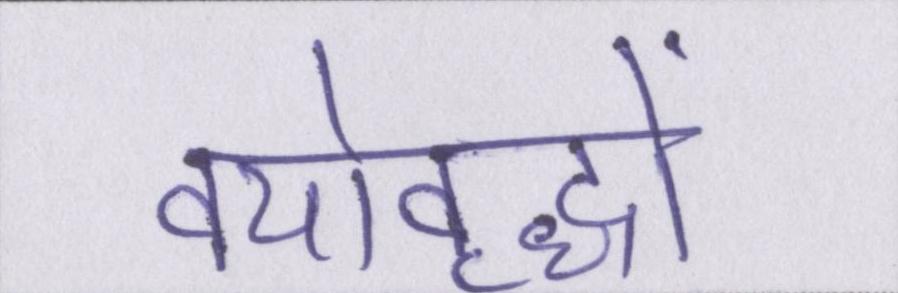
वयोवृद्धों